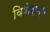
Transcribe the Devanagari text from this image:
विशेशग्य